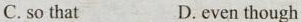
C. so that D. even though